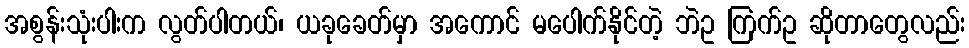
အစွန်းသုံးပါးက လွတ်ပါတယ်၊ ယခုခေတ်မှာ အကောင် မပေါက်နိုင်တဲ့ ဘဲဥ ကြက်ဥ ဆိုတာတွေလည်း